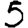
Digit: 5